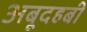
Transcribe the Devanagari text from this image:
अबूदहबी